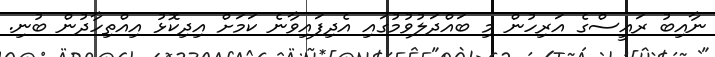
ނާއިބު ރައީސްގެ އަރިހުން މި ބައްދަލުވުމުގައި އެދިފައިވާނެ ކަމަށް އިދިކޮޅު އިއްތިހާދުން ބުނި.